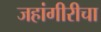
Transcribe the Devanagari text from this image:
जहांगीरीचा